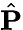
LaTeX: \hat{\mathbf P}